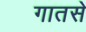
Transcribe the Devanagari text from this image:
गातसे